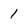
Character: 1